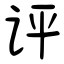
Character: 评